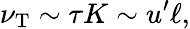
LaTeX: \nu_{\mathrm{{T}}}\sim\tau K\sim u^{\prime}\ell,